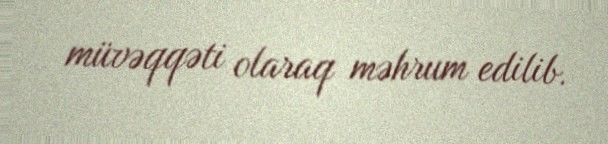
müvəqqəti olaraq məhrum edilib.